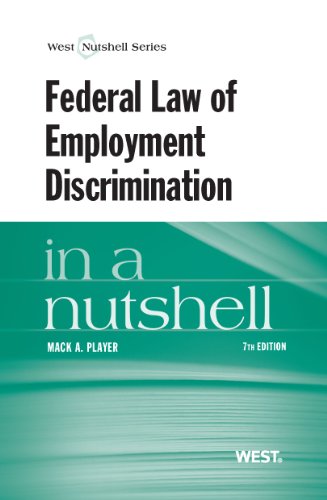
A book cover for Federal Law of Employment Discrimination in a Nutshell; Mack Player; Law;